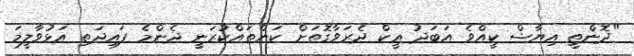
"ދޮންތީ އިޔާޝް ކީއްވެ އަބަދު އީކް ދެރަވާގޮތަށް ކަންތައްކުރަނީ ދެންމެ ފައިދަތި އަޅުވާލީމަ